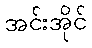
အင်းအိုင်